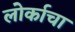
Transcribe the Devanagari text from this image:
लोर्काचा